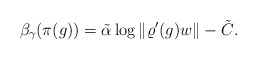
\begin{align*} \beta_\gamma(\pi(g))= \tilde\alpha \log \|\varrho'(g)w\| - \tilde{C}.\end{align*}